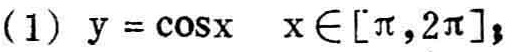
(1) $y = \cos x\quad x\in[\pi,2\pi]$；